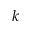
k